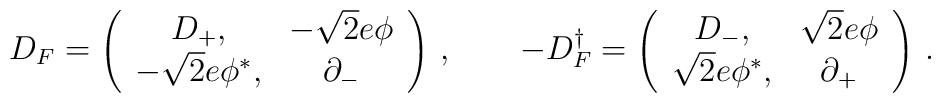
D_F = \left( \begin{array}{cc} D_+,& -\sqrt{2} e\phi \\                           -\sqrt{2}e\phi^*,&\partial_-\end{array}\right)\,,\qquad-D_F^\dag = \left( \begin{array}{cc} D_-,& \sqrt{2} e\phi \\                           \sqrt{2}e\phi^*,&\partial_+\end{array}\right)\,.